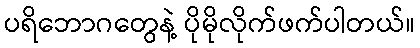
ပရိဘောဂတွေနဲ့ ပိုမိုလိုက်ဖက်ပါတယ်။